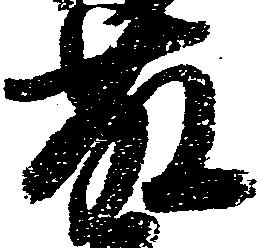
藤